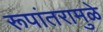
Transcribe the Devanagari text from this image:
रूपांतरामुळे